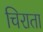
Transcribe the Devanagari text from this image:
चिराता